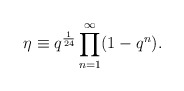
\begin{align*}\eta \equiv q^{\frac 1 {24}} \prod^\infty_{n = 1} (1-q^n).\end{align*}